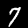
Label: 7